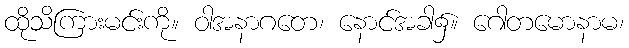
ထိုသိကြားမင်းကို။ ဝါအနာဂတေ၊ နောင်အခါ၌။ ဂေါတမောနာမ၊